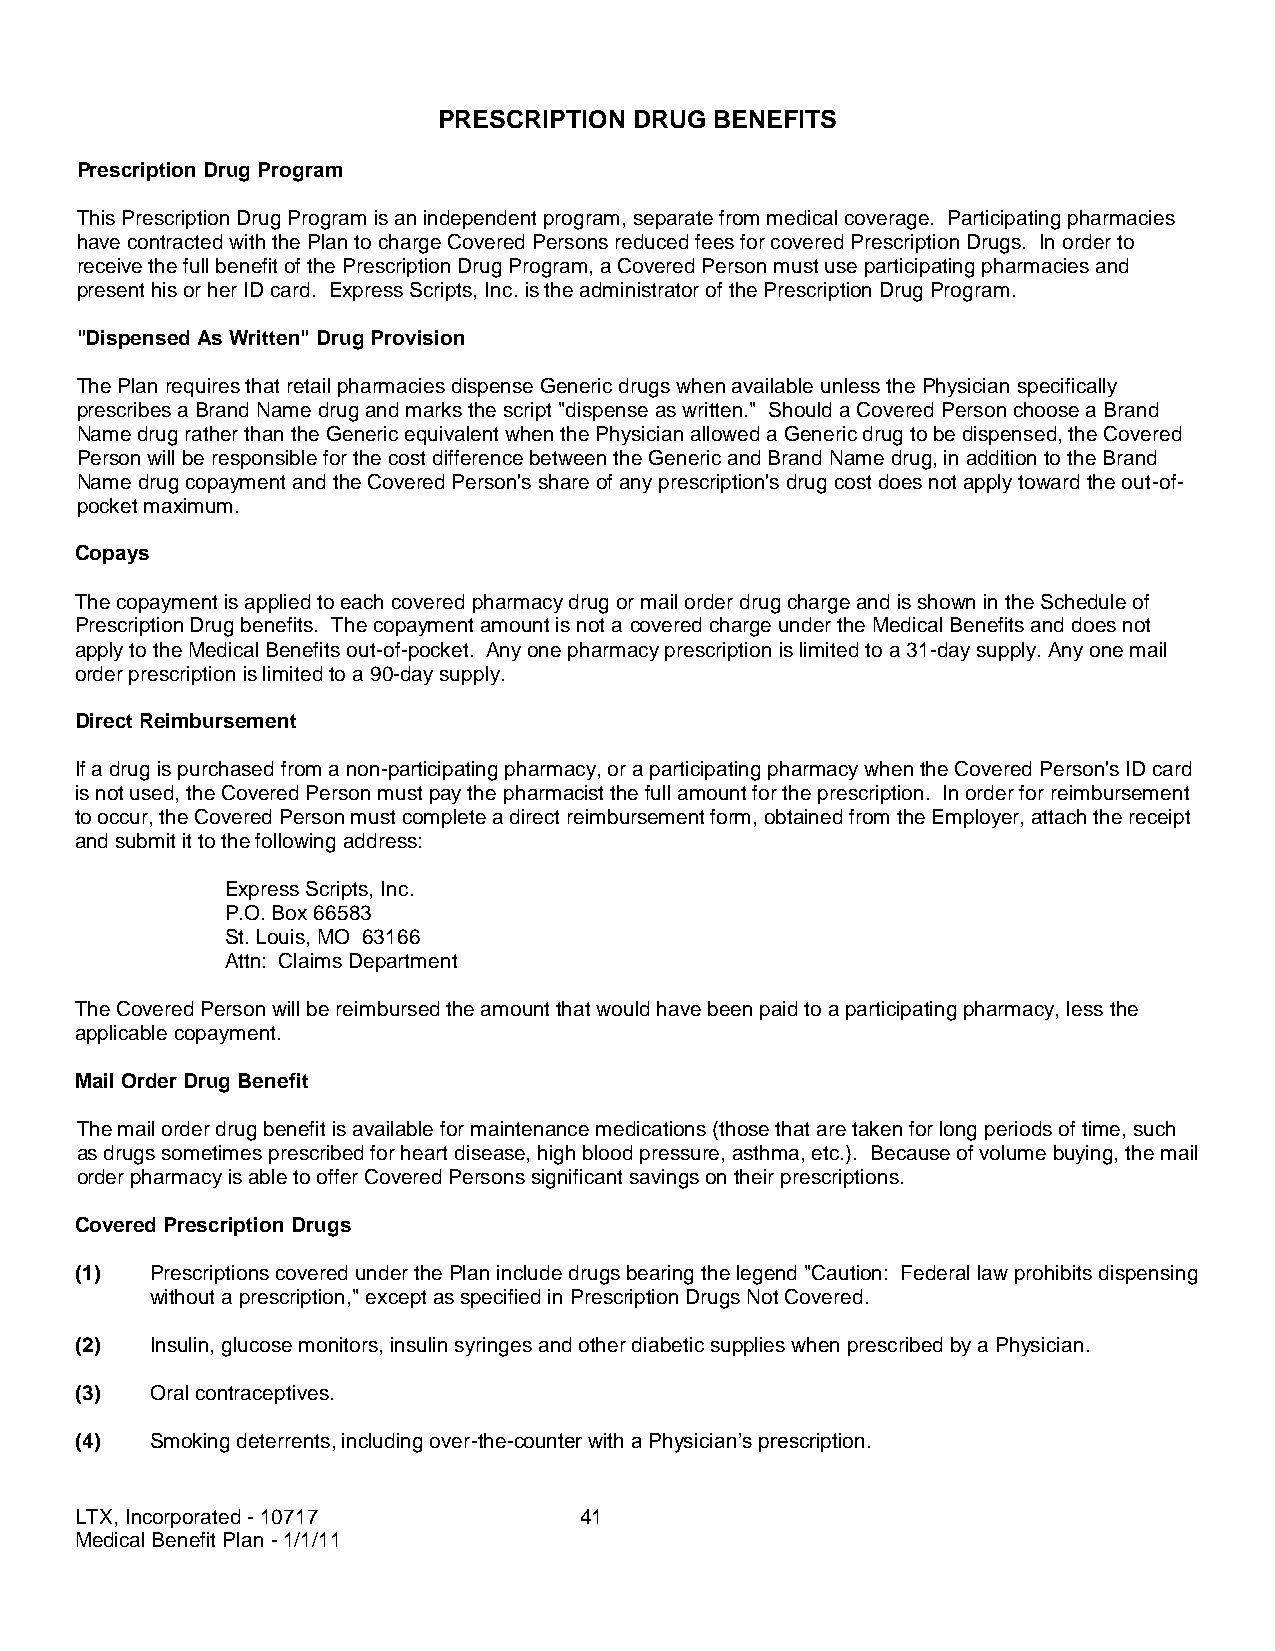
PRESCRIPTION DRUG BENEFITS
 Prescription Drug Program
 This Prescription Drug Program is an independent program, separate from medical coverage. Participating pharmacies
 have contracted with the Plan to charge Covered Persons reduced fees for covered Prescription Drugs. In order to
 receive the full benefit of the Prescription Drug Program, a Covered Person must use participating pharmacies and
 present his or her ID card. Express Scripts, Inc. is the administrator of the Prescription Drug Program.
 "Dispensed As Written" Drug Provision
 The Plan requires that retail pharmacies dispense Generic drugs when available unless the Physician specifically
 prescribes a Brand Name drug and marks the script "dispense as written." Should a Covered Person choose a Brand
 Name drug rather than the Generic equivalent when the Physician allowed a Generic drug to be dispensed, the Covered
 Person will be responsible for the cost difference between the Generic and Brand Name drug, in addition to the Brand
 Name drug copayment and the Covered Person's share of any prescription's drug cost does not apply toward the out-of-
 pocket maximum.
 Copays
 The copayment is applied to each covered pharmacy drug or mail order drug charge and is shown in the Schedule of
 Prescription Drug benefits. The copayment amount is not a covered charge under the Medical Benefits and does not
 apply to the Medical Benefits out-of-pocket. Any one pharmacy prescription is limited to a 31-day supply. Any one mail
 order prescription is limited to a 90-day supply.
 Direct Reimbursement
 If a drug is purchased from a non-participating pharmacy, or a participating pharmacy when the Covered Person's ID card
 is not used, the Covered Person must pay the pharmacist the full amount for the prescription. In order for reimbursement
 to occur, the Covered Person must complete a direct reimbursement form, obtained from the Employer, attach the receipt
 and submit it to the following address:
 Express Scripts, Inc.
 P.O. Box 66583
 St. Louis, MO 63166
 Attn: Claims Department
 The Covered Person will be reimbursed the amount that would have been paid to a participating pharmacy, less the
 applicable copayment.
 Mail Order Drug Benefit
 The mail order drug benefit is available for maintenance medications (those that are taken for long periods of time, such
 as drugs sometimes prescribed for heart disease, high blood pressure, asthma, etc.). Because of volume buying, the mail
 order pharmacy is able to offer Covered Persons significant savings on their prescriptions.
 Covered Prescription Drugs
 (1)  Prescriptions covered under the Plan include drugs bearing the legend "Caution: Federal law prohibits dispensing
 without a prescription," except as specified in Prescription Drugs Not Covered.
 (2)  Insulin, glucose monitors, insulin syringes and other diabetic supplies when prescribed by a Physician.
 (3)  Oral contraceptives.
 (4)  Smoking deterrents, including over-the-counter with a Physician’s prescription.
 LTX, Incorporated - 10717        41
 Medical Benefit Plan - 1/1/11